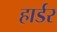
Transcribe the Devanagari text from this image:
हार्डर